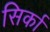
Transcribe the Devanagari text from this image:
सिर्का